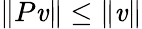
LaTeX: \| P\mathit{v}\| \leq\| \mathit{v}\|